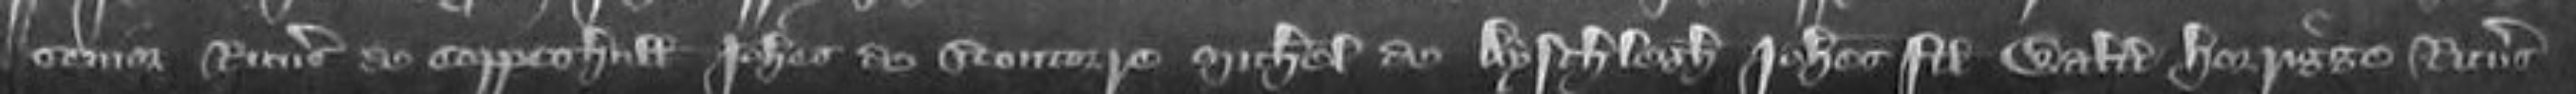
senior Ricardus de Coppeshull Johannes de Stonore Michael de Aysthlegh Johannes filius Walteri Horigge Ricardus